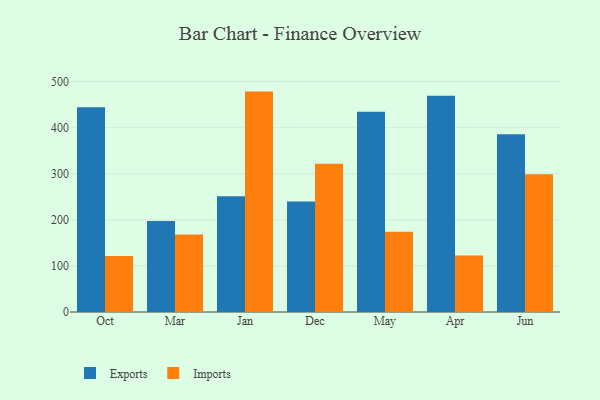
{"axis": {"x": "Month", "y": "Market Share (%)"}, "legend": ["Exports", "Imports"], "data": [{"x": "Oct", "y": 444.3, "type": "Exports"}, {"x": "Oct", "y": 121.3, "type": "Imports"}, {"x": "Mar", "y": 197.5, "type": "Exports"}, {"x": "Mar", "y": 168.3, "type": "Imports"}, {"x": "Jan", "y": 251.4, "type": "Exports"}, {"x": "Jan", "y": 478.3, "type": "Imports"}, {"x": "Dec", "y": 239.9, "type": "Exports"}, {"x": "Dec", "y": 321.7, "type": "Imports"}, {"x": "May", "y": 434.4, "type": "Exports"}, {"x": "May", "y": 174.3, "type": "Imports"}, {"x": "Apr", "y": 469.2, "type": "Exports"}, {"x": "Apr", "y": 122.7, "type": "Imports"}, {"x": "Jun", "y": 386.0, "type": "Exports"}, {"x": "Jun", "y": 298.8, "type": "Imports"}]}